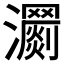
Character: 𤄨